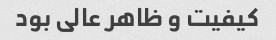
کیفیت و ظاهر عالی بود